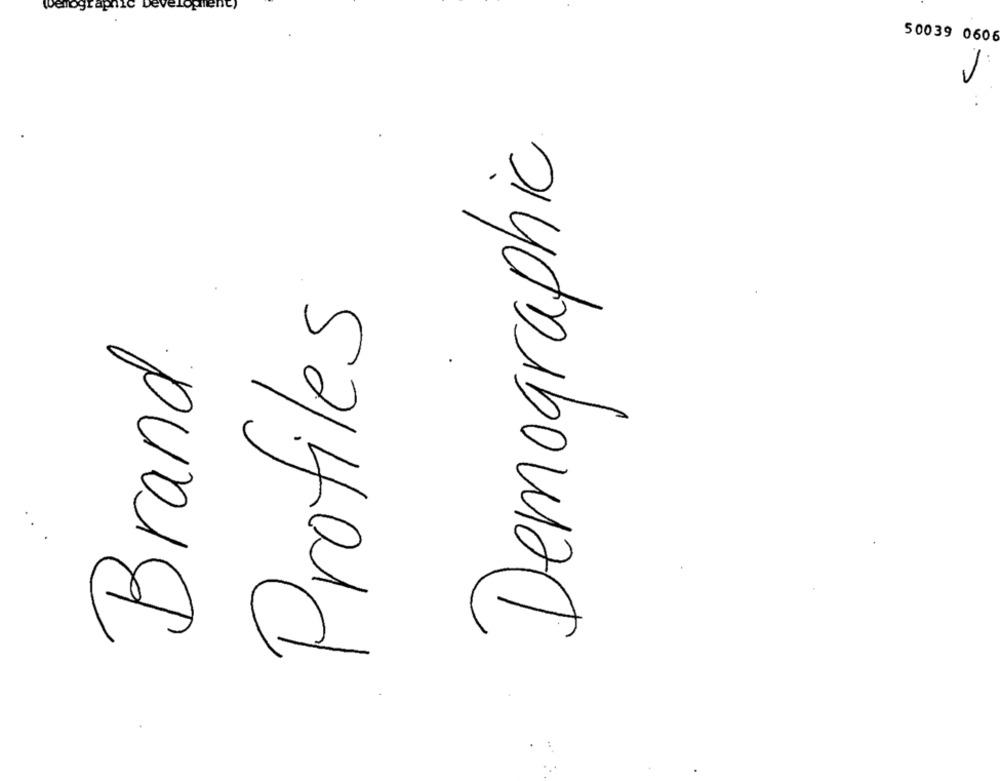
50039 0606
Demographic
Profiles
Brand